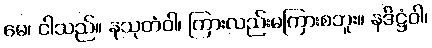
မေ၊ ငါသည်။ နသုတံဝါ၊ ကြားလည်းမကြားစဘူး။ နဒိဋ္ဌံဝါ၊